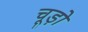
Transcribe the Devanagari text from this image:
चूड़ो